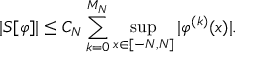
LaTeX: | S [ \varphi ] | \leq C _ { N } \sum _ { k = 0 } ^ { M _ { N } } \operatorname* { s u p } _ { x \in [ - N , N ] } | \varphi ^ { ( k ) } ( x ) | .